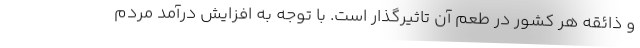
و ذائقه هر کشور در طعم آن تاثیرگذار است. با توجه به افزایش درآمد مردم